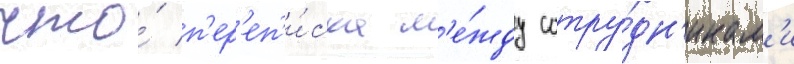
что́ п'ер'еп'и́ска м'е́жду сотру́дн'икам'и